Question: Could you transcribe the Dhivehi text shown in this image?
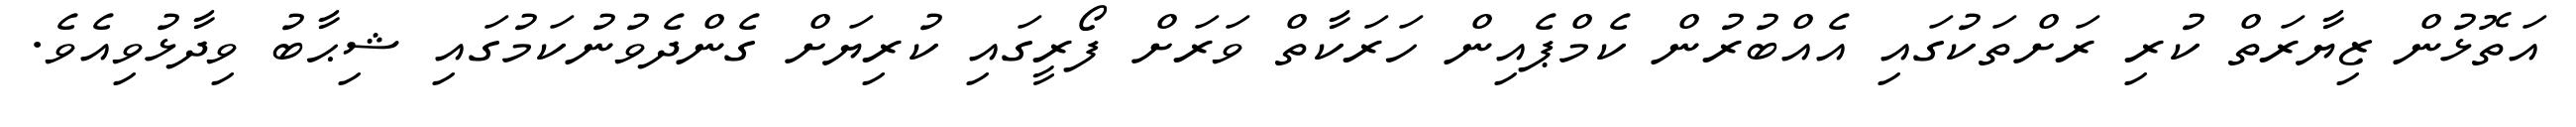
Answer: އަތޮޅުން ޒިޔާރަތް ކުރި ރަށްތަކުގައި އެއްބުރުން ކެމްޕެއިން ހަރަކާތް ވަރަށް ފޯރީގައި ކުރިޔަށް ގެންދެވުނުކަމުގައި ޝިޙާބު ވިދާޅުވިއެވެ.